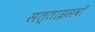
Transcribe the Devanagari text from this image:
सत्ताइसवाँ